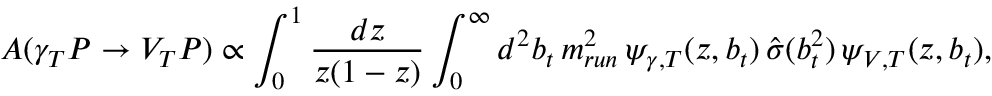
A ( \gamma _ { T } P \rightarrow V _ { T } P ) \propto \int _ { 0 } ^ { 1 } \frac { d z } { z ( 1 - z ) } \int _ { 0 } ^ { \infty } d ^ { 2 } b _ { t } \, m _ { r u n } ^ { 2 } \, \psi _ { \gamma , T } ( z , b _ { t } ) \, { \hat { \sigma } } ( b _ { t } ^ { 2 } ) \, \psi _ { V , T } ( z , b _ { t } ) ,